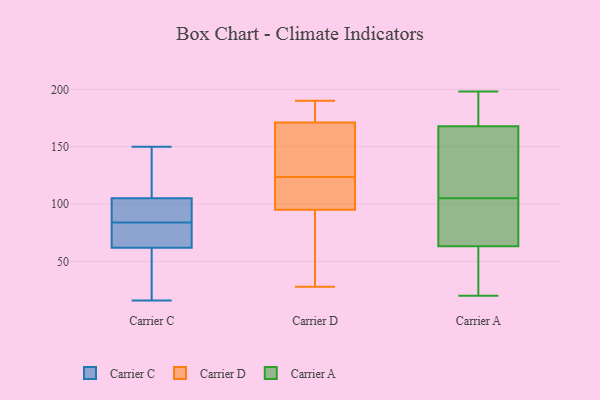
{"axis": {"x": "Latency (ms)", "y": "Value"}, "legend": ["Carrier A", "Carrier C", "Carrier D"], "data": [{"x": "", "y": 150, "type": "Carrier C"}, {"x": "", "y": 75, "type": "Carrier C"}, {"x": "", "y": 38, "type": "Carrier C"}, {"x": "", "y": 71, "type": "Carrier C"}, {"x": "", "y": 76, "type": "Carrier C"}, {"x": "", "y": 106, "type": "Carrier C"}, {"x": "", "y": 99, "type": "Carrier C"}, {"x": "", "y": 16, "type": "Carrier C"}, {"x": "", "y": 149, "type": "Carrier C"}, {"x": "", "y": 104, "type": "Carrier C"}, {"x": "", "y": 92, "type": "Carrier C"}, {"x": "", "y": 53, "type": "Carrier C"}, {"x": "", "y": 135, "type": "Carrier D"}, {"x": "", "y": 171, "type": "Carrier D"}, {"x": "", "y": 180, "type": "Carrier D"}, {"x": "", "y": 79, "type": "Carrier D"}, {"x": "", "y": 95, "type": "Carrier D"}, {"x": "", "y": 28, "type": "Carrier D"}, {"x": "", "y": 190, "type": "Carrier D"}, {"x": "", "y": 105, "type": "Carrier D"}, {"x": "", "y": 112, "type": "Carrier D"}, {"x": "", "y": 150, "type": "Carrier D"}, {"x": "", "y": 58, "type": "Carrier A"}, {"x": "", "y": 105, "type": "Carrier A"}, {"x": "", "y": 20, "type": "Carrier A"}, {"x": "", "y": 119, "type": "Carrier A"}, {"x": "", "y": 198, "type": "Carrier A"}, {"x": "", "y": 65, "type": "Carrier A"}, {"x": "", "y": 92, "type": "Carrier A"}, {"x": "", "y": 93, "type": "Carrier A"}, {"x": "", "y": 173, "type": "Carrier A"}, {"x": "", "y": 166, "type": "Carrier A"}, {"x": "", "y": 46, "type": "Carrier A"}, {"x": "", "y": 185, "type": "Carrier A"}, {"x": "", "y": 154, "type": "Carrier A"}]}